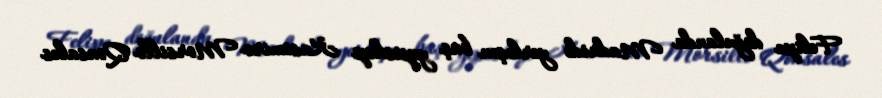
Felipe doğulanda Madridə yerləşən baş yepiskop Kasimiro Morsillo Qonsales